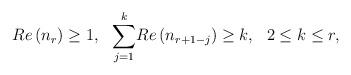
LaTeX: \begin{align*}Re \left(n_r\right)\ge1, \thinspace\thinspace \thinspace\thinspace \overset{k}{\underset{j=1}{\sum}}Re \left(n_{r+1-j}\right)\ge k,\,\,\,\, 2 \le k \le r,\end{align*}